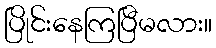
ပြိုင်းနေကြပြီမလား။